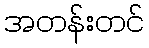
အတန်းတင်